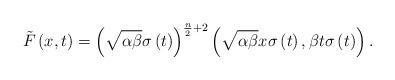
LaTeX: \begin{align*}\tilde{F}\left( x,t\right) =\left( \sqrt{\alpha \beta }\sigma \left(t\right) \right) ^{\frac{n}{2}+2}\left( \sqrt{\alpha \beta }x\sigma \left(t\right) ,\beta t\sigma \left( t\right) \right) . \end{align*}